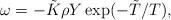
LaTeX: \begin{align*} \omega=-\tilde{K}\rho Y\exp(-\tilde{T}/T), \end{align*}